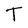
Character: T